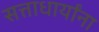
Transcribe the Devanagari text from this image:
सत्ताधार्यांना